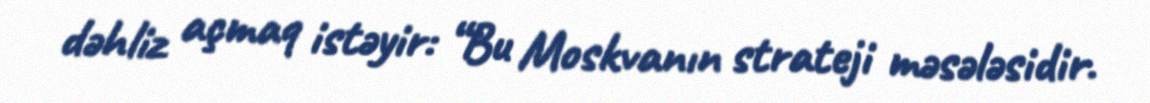
dəhliz açmaq istəyir: “Bu Moskvanın strateji məsələsidir.